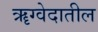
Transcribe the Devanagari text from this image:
ॠग्वेदातील